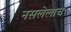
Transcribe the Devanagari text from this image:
नसलेलाच